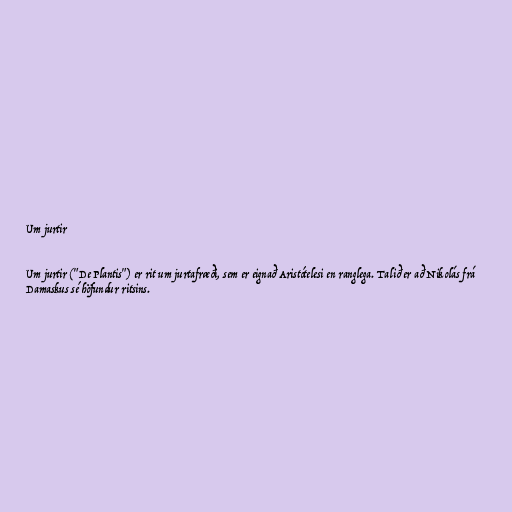
Um jurtir

Um jurtir ("De Plantis") er rit um jurtafræði, sem er eignað Aristótelesi en ranglega. Talið er að Nikolás frá
Damaskus sé höfundur ritsins.